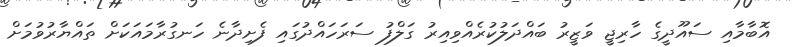
އޮބާމާއި ސައޫދީގެ ހާރިޖީ ވަޒީރު ބައްދަލުކުރެއްވިއިރު ގަލްފު ސަރަހައްދުގައި ފެށިދާނެ ހަނގުރާމައަކަށް ތައްޔާރުވުމަށް